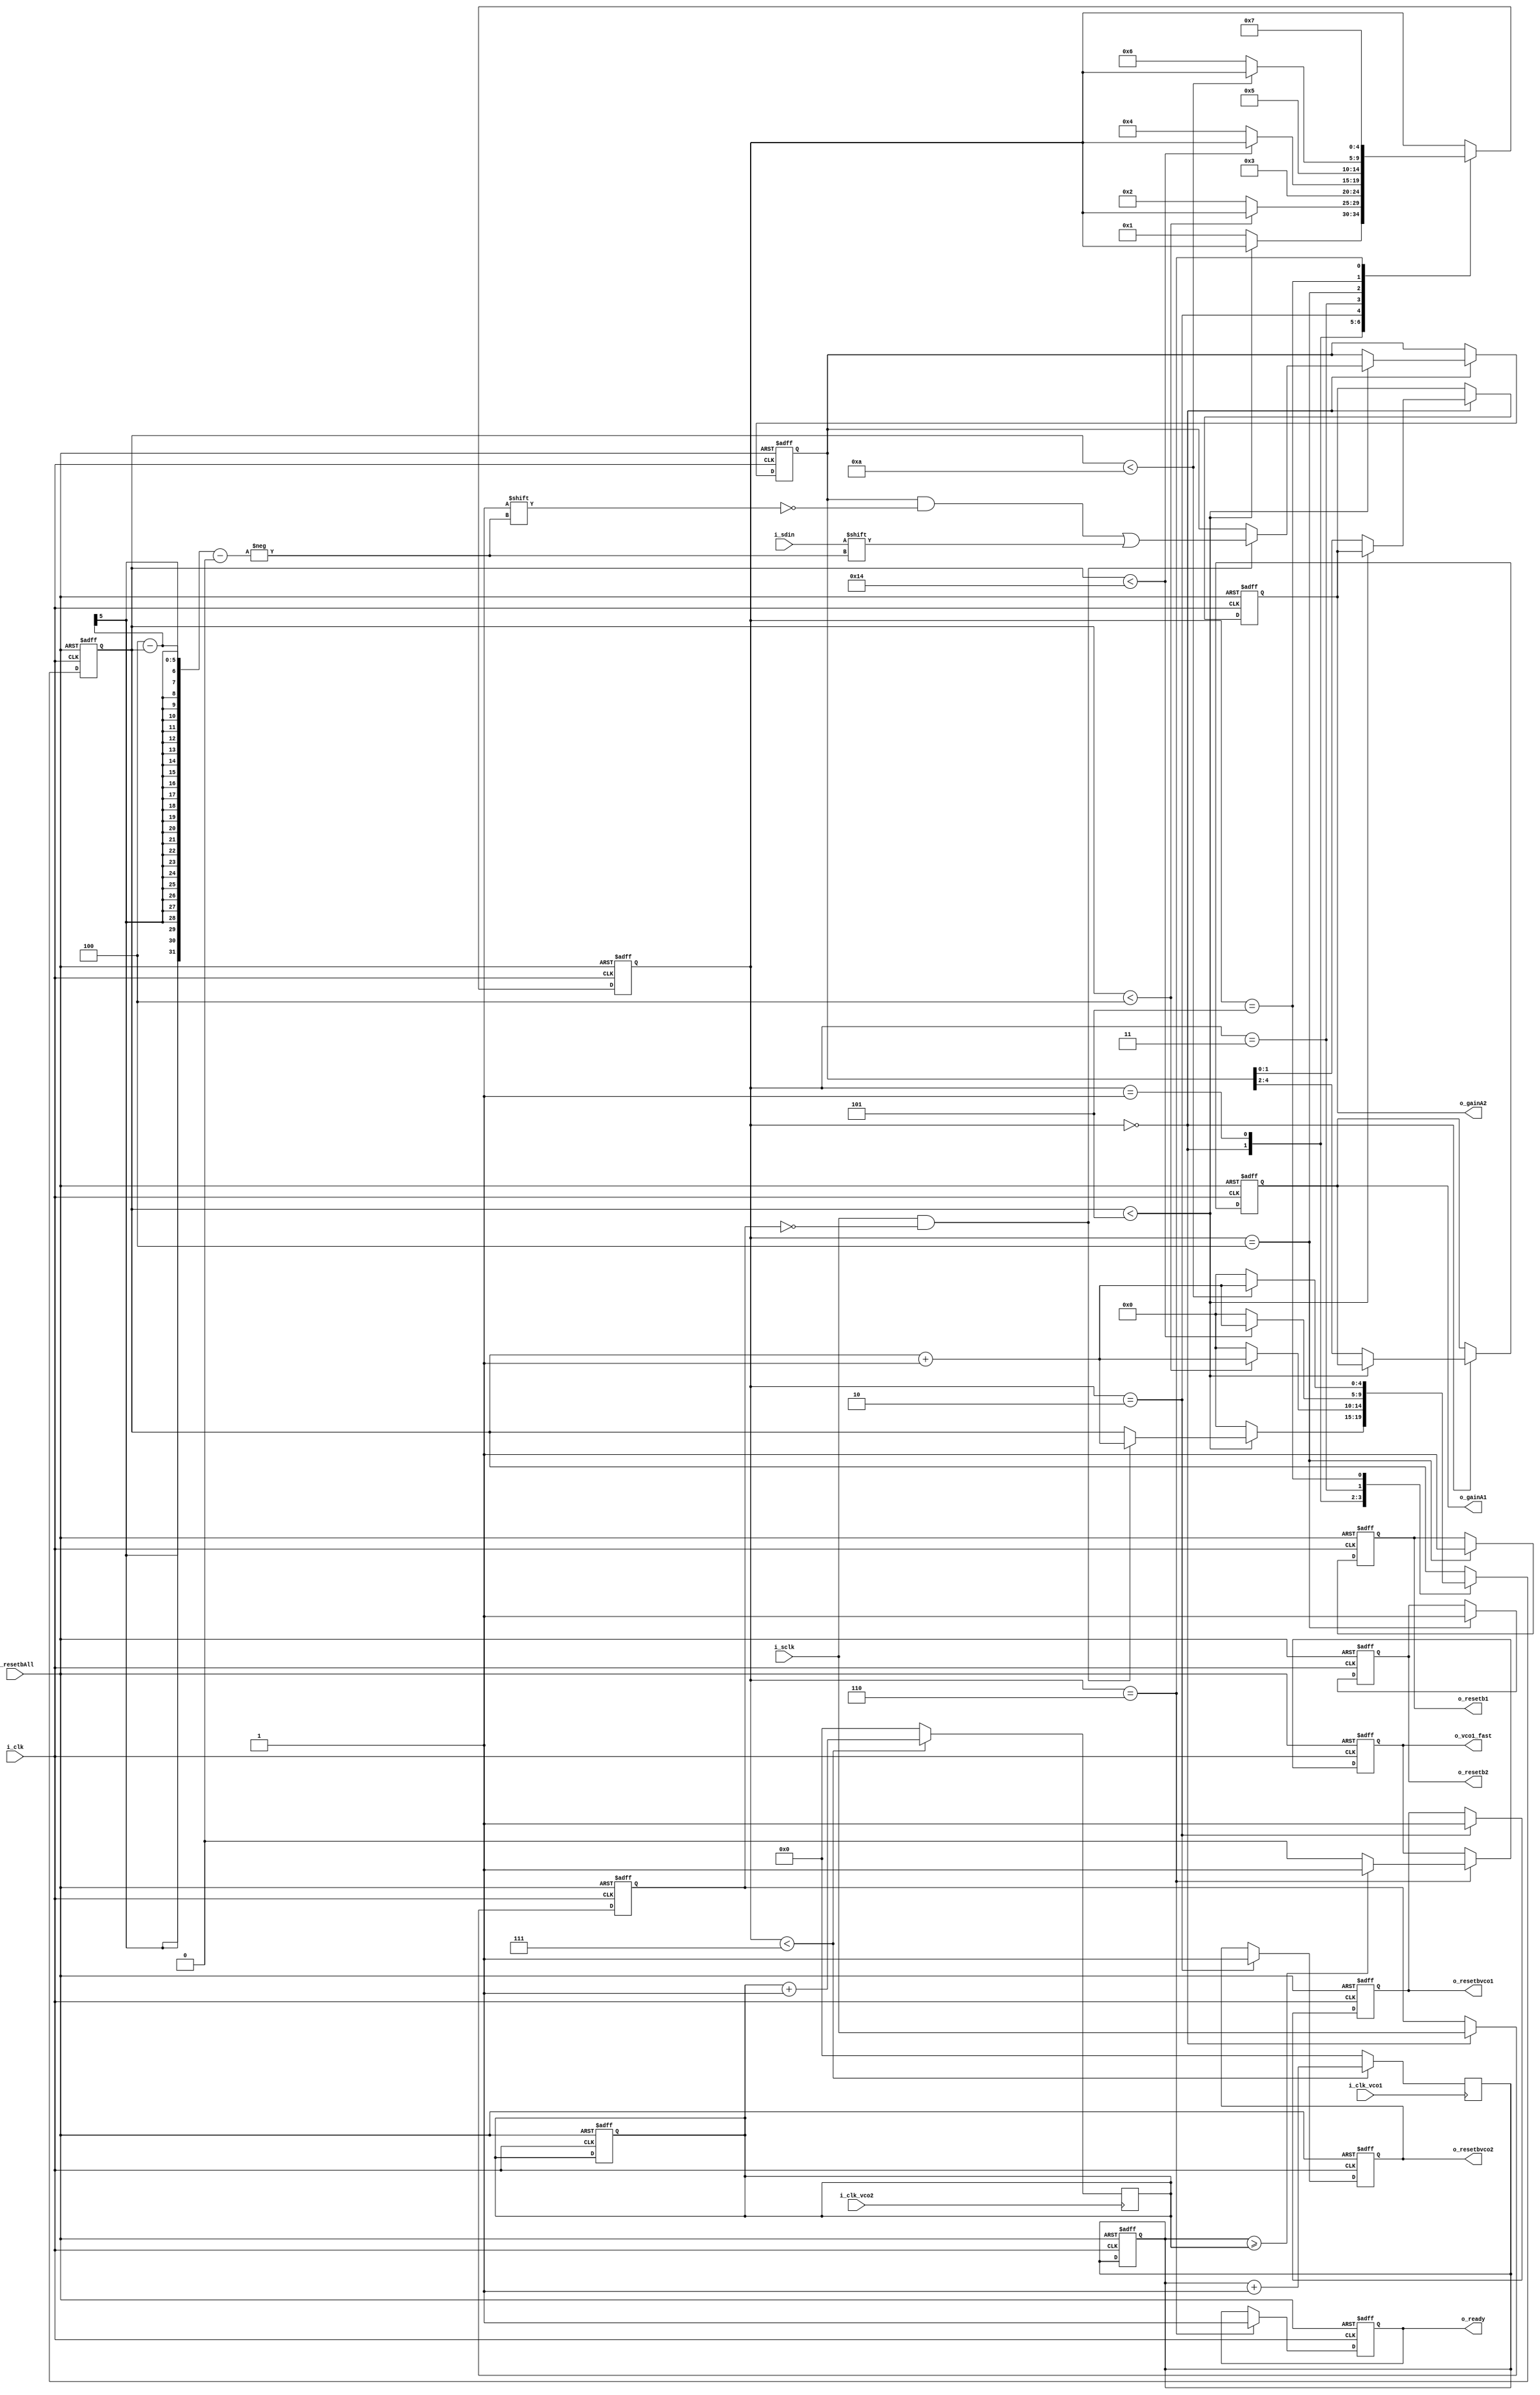
module backend(
    input i_resetbAll,
    input i_clk,
    input i_sclk,
    input i_sdin,
    input i_clk_vco1,
    input i_clk_vco2,
    output reg o_ready,
    output reg o_vco1_fast,
    output reg o_resetb1,
    output reg [2:0] o_gainA1,
    output reg o_resetb2,
    output reg [1:0] o_gainA2,
    output reg o_resetbvco1,
    output reg o_resetbvco2
);

reg [4:0] counter1;
reg [7:0] vco1_counter;
reg [7:0] vco2_counter;
reg [4:0] startup_state;
reg [4:0] shift_register;
reg prev_isclk;

always @(posedge i_clk or negedge i_resetbAll) begin
    if (!i_resetbAll) begin
        // Reset the entire backend
        counter1 <= 0;
        vco1_counter <= 0;
        vco2_counter <=0;
        startup_state <= 0;
        shift_register <= 0;
        o_resetb1 <= 1'b0;
        o_resetb2 <= 1'b0;
        o_gainA1 <= 3'b000;
        o_gainA2 <= 2'b00;
        o_resetbvco1 <= 1'b0;
        o_resetbvco2 <= 1'b0;
        o_ready <= 1'b0;
        o_vco1_fast <= 1'b1;
        prev_isclk <= 1'b1;
    end else begin
        // State machine for the startup sequence
        case(startup_state)
            0: begin
                if (counter1 < 5) begin
                    if(i_sclk&&!prev_isclk)begin
                        shift_register[4-counter1] <=i_sdin;
                        counter1 <= counter1 +1;
                    end
                end else begin
                    counter1 <= 0;
                    o_gainA2 <= shift_register[1:0];
                    o_gainA1 <= shift_register[4:2];
                    startup_state <= 1;
                end
                prev_isclk <= i_sclk;
            end
            1: begin
                // Wait for five clock cycles
                if (counter1 < 4) begin
                    counter1 <= counter1 + 1;
                end else begin
                    counter1 <= 0;
                    startup_state <= 2;
                end
            end
            2: begin
                // Set o_resetbvco1 and o_resetbvco2
                o_resetbvco1 <= 1'b1;
                o_resetbvco2 <= 1'b1;
                startup_state <= 3;
            end
            3: begin
                // Wait for 20 clock cycles
                if (counter1 < 20) begin
                    counter1 <= counter1 + 1;
                end else begin
                    counter1 <= 0;
                    startup_state <= 4;
                end
            end
            4: begin
                // Set o_resetb1 and o_resetb2
                o_resetb1 <= 1'b1;
                o_resetb2 <= 1'b1;
                startup_state <= 5;
            end
            5: begin
                // Wait for 10 clock cycles
                if (counter1 < 10) begin
                    counter1 <= counter1 + 1;
                end else begin
                    startup_state <= 6;
                    counter1 <= 0;
                end
            end
            6: begin
                //Compare both the clocks and pull up o_vco1_fast if first vco is faster than second vco
                
                if (vco1_counter >= vco2_counter)begin
                    o_vco1_fast <= 1'b1;
                end else begin
                    
                    o_vco1_fast <= 0;                    

                end
                
                
                // Set o_ready
                o_ready <= 1'b1;
                startup_state <= 7;
                
            end
            default: begin
                // No more actions required, hold values
            end
        endcase

        
    end
end
//counts positive edges of vco1 clock only till we update o_vco1_fast
always @(posedge i_clk_vco1)begin
    if (startup_state < 7)begin
        vco1_counter <= vco1_counter + 1;
    end
    else begin
        vco1_counter <= 0;
    end
end

//counts positive edges of vco2 clock only till we update o_vco1_fast
always @(posedge i_clk_vco2)begin
    if (startup_state < 7)begin
        vco2_counter <= vco2_counter + 1;
    end
    else begin
        vco2_counter <= 0;
    end
end

endmodule